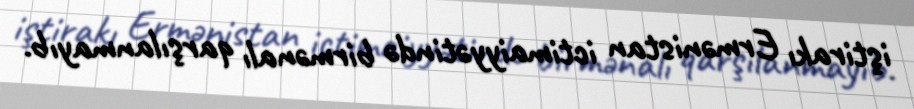
iştirakı Ermənistan ictimaiyyətində birmənalı qarşılanmayıb.